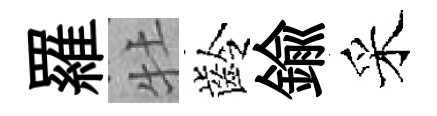
羅牡齡鍮采